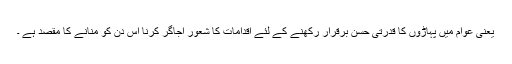
یعنی عوام میں پہاڑوں کا قدرتی حسن برقرار رکھنے کے لئے اقدامات کا شعور اجاگر کرنا اس دن کو منانے کا مقصد ہے ۔